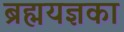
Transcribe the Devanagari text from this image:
ब्रह्मयज्ञका